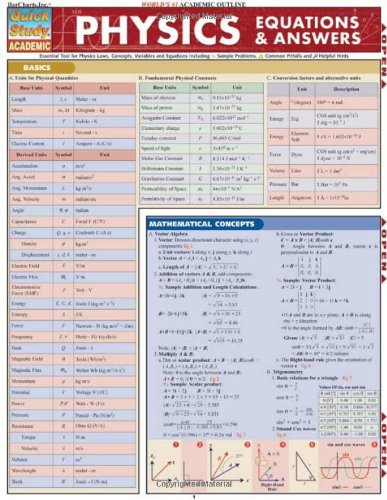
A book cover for Physics Equations & Answers (Quick Study Academic); Mark Jackson; Science & Math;